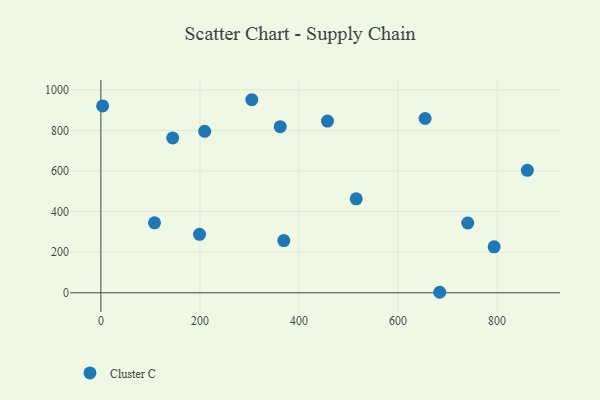
{"axis": {"x": "Distance", "y": "Sales"}, "legend": ["Cluster C"], "data": [{"x": "209.6", "y": 795.8, "type": "Cluster C"}, {"x": "369.3", "y": 257.2, "type": "Cluster C"}, {"x": "3.5", "y": 921.0, "type": "Cluster C"}, {"x": "145.0", "y": 763.5, "type": "Cluster C"}, {"x": "515.5", "y": 463.2, "type": "Cluster C"}, {"x": "304.7", "y": 951.6, "type": "Cluster C"}, {"x": "108.3", "y": 345.1, "type": "Cluster C"}, {"x": "740.7", "y": 344.1, "type": "Cluster C"}, {"x": "654.6", "y": 859.1, "type": "Cluster C"}, {"x": "457.5", "y": 846.3, "type": "Cluster C"}, {"x": "861.1", "y": 603.7, "type": "Cluster C"}, {"x": "362.1", "y": 818.9, "type": "Cluster C"}, {"x": "199.2", "y": 288.0, "type": "Cluster C"}, {"x": "794.0", "y": 226.6, "type": "Cluster C"}, {"x": "684.2", "y": 2.6, "type": "Cluster C"}]}